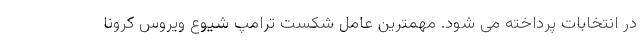
در انتخابات پرداخته می شود. مهمترین عامل شکست ترامپ شیوع ویروس کرونا